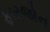
ફારજોન